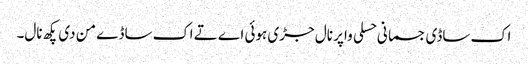
اک ساڈی جسمانی حسلی واپر نال جڑی ہوئی اے تے اک ساڈے من دی پکھ نال۔